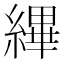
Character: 縪